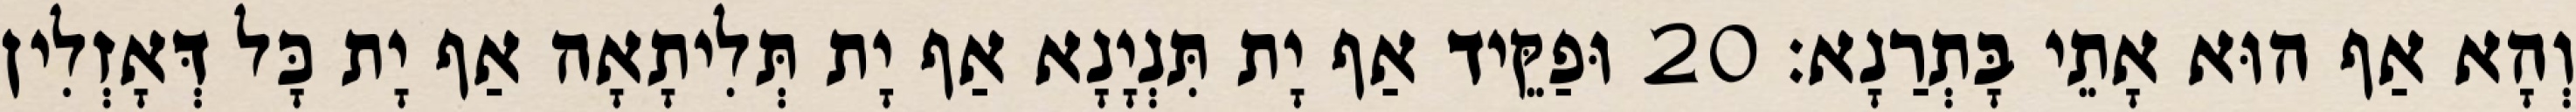
וְהָא אַף הוּא אָתֵי בָּתְרַנָא׃ 20 וּפַקֵּיד אַף יָת תִּנְיָנָא אַף יָת תְּלִיתָאָה אַף יָת כָּל דְּאָזְלִין